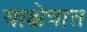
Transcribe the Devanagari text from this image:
याक्षेत्रात